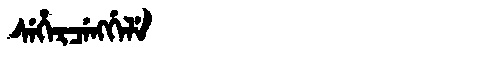
Manchu: ᠰᡝᡥᡝᡵᠴᡝᠩᡤᡝᠯᡝ
Romanization: SEHERCENGGELE